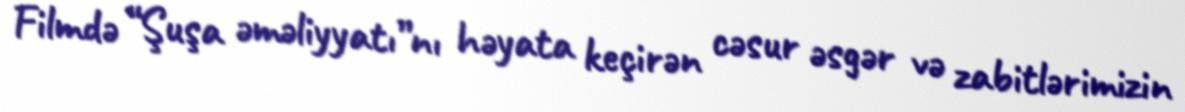
Filmdə “Şuşa əməliyyatı”nı həyata keçirən cəsur əsgər və zabitlərimizin